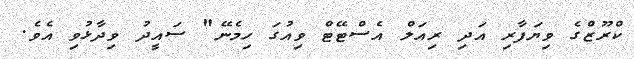
ކްރޫޒްގެ ވިޔަފާރި އަދި ރިއަލް އެސްޓޭޓް ވިއުގަ ހިމެނޭ" ސައީދު ވިދާޅުވި އެވެ.